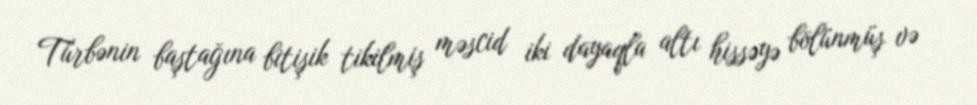
Türbənin baştağına bitişik tikilmiş məscid iki dayaqla altı hissəyə bölünmüş və